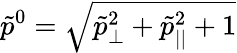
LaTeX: \tilde{p}^{0}=\sqrt{\tilde{p}_{\perp}^{2}+\tilde{p}_{||}^{2}+1}